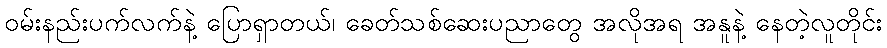
ဝမ်းနည်းပက်လက်နဲ့ ပြောရှာတယ်၊ ခေတ်သစ်ဆေးပညာတွေ အလိုအရ အနူနဲ့ နေတဲ့လူတိုင်း